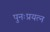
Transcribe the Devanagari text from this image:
पुनःप्रयत्न